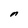
Character: n